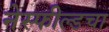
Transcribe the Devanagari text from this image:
नेस्फील्डचा